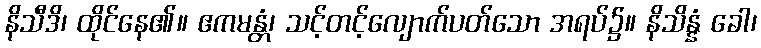
နိသီဒိ၊ ထိုင်နေ၏။ ဧကမန္တံ၊ သင့်တင့်လျောက်ပတ်သော အရပ်၌။ နိသိန္နံ ခေါ၊